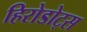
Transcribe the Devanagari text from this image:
हिरोडोट्स